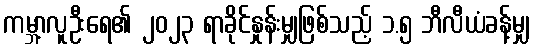
ကမ္ဘာ့လူဦးရေ၏ ၂၀၂၃ ရာခိုင်နှုန်းမျှဖြစ်သည့် ၁.၅ ဘီလီယံခန့်မျှ